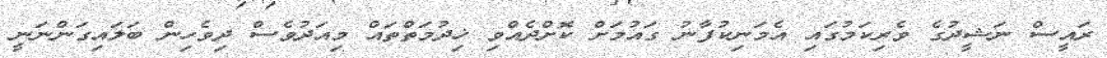
ރައީސް ނަޝީދުގެ ވެރިކަމުގައި އެމަނިކުފާނު ގައުމަށް ކޮށްދެއްވި ޚިދުމަތްތައް މިއަދުވެސް ދިވެހިން ބަލައިގަންނަނީ